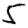
Digit: 5